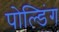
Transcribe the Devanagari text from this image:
पोल्डिंग